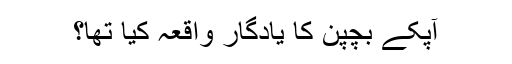
آپکے بچپن کا یادگار واقعہ کیا تھا؟